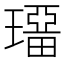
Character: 𤩾